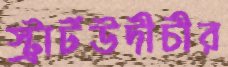
স্ট্রার্টউদীচীর